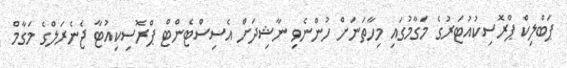
ޕަބްލިކް ޕްރޮސިކުއުޓަރުގެ މަގާމުގައި މިހާތަނަށް ހުންނެވި ނާޝިދަށް އެސިސްޓެންޓް ޕްރޮސިކިއުޓާ ޖެނެރަލްގެ މަގާމް